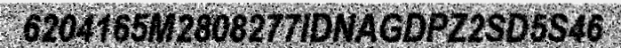
6204165M2808277IDNAGDPZ2SD5S46